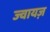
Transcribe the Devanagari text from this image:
ज्वायज़